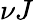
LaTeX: \nu J